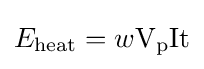
E_{\mathrm {heat} }=w\mathrm {V_{p}} \mathrm {I} \mathrm {t}